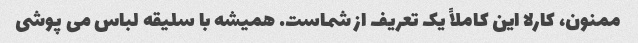
ممنون، کارلا این کاملاً یک تعریف از شماست. همیشه با سلیقه لباس می پوشی